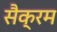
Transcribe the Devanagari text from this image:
सैक्रम